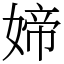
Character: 媂